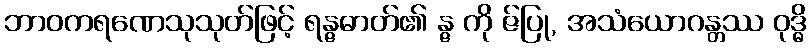
ဘာဝကရဏေသုသုတ်ဖြင့် ရန္ဇဓာတ်၏ န္ဇ ကို ဇ်ပြု, အသံယောဂန္တဿ ဝုဒ္ဓိ